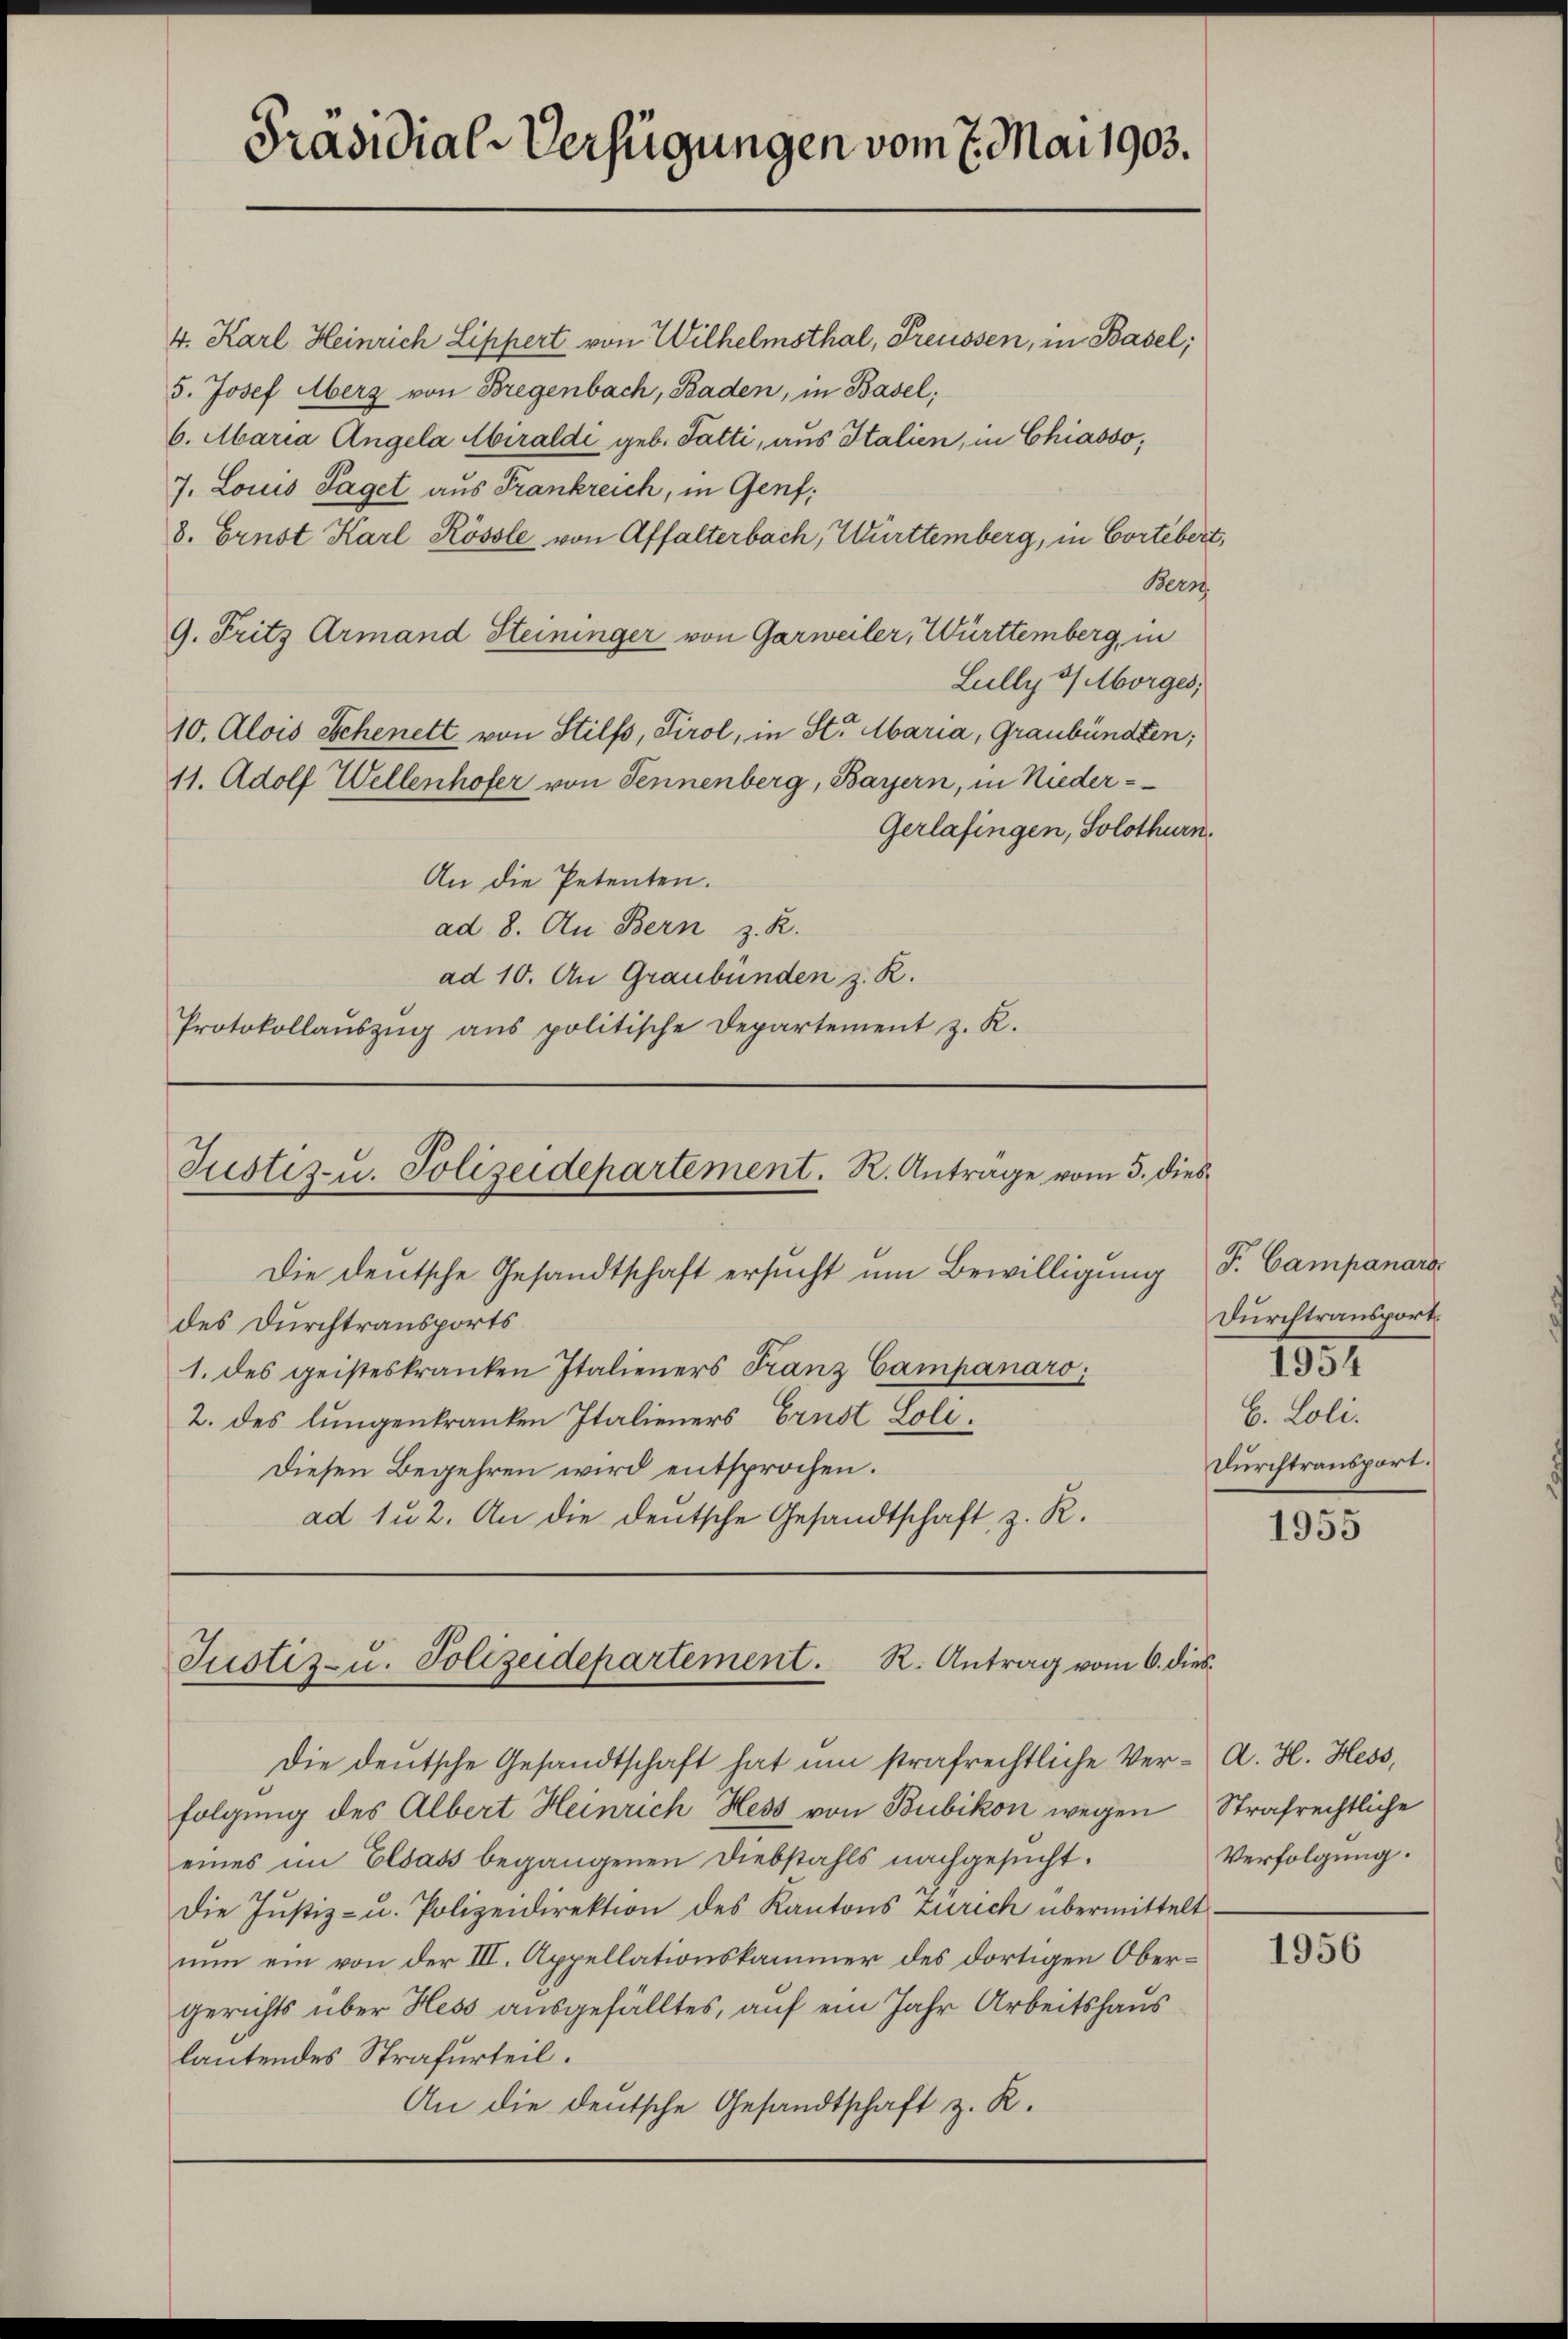
Präsidial-Verfügungen vom 7. Mai 1903.

4. Karl Heinrich Lippert von Wilhelmsthal, Preussen, in Basel;
5. Josef Merz von Bregenbach, Baden, in Basel;
6. Maria Angela Abiraldi geb. Tatti, aus Italien, in Chiasso,
7. Louis Taget aus Frankreich, in Genf,
8. Ernst Karl Kössle von Affalterbach, Württemberg, in Cortebert,
Bern
9. Fritz Armand Steininger von Garweiler, Württemberg, in
Lully 9 Morges,
10. Alois Schenett von Stilfs, Tirol, in St. Maria, Graubünden;
11. Adolf Wellenhofer von Jennenberg, Bayern, in Nieder-
Gerlafingen, Solothurn.
An die Petenten.
ad 8. Au Bern z. R.
ad 10. An Graubünden z. R.
Protokollaŭszŭg aŭs politische Departement z. R.

Justiz- u. Polizeidepartement. R. Antrage vom 5. dies
Die deutsche Gesandtschaft ersucht um Bewilligung S. Campanaro

des Durchtransports
1. des geisteskranken Italieners Franz Campanaro
2. des lungenkranken Italieners Ernst Loli¬
Diesen Begehren wird entsprochen.
ad 1 u 2. An die deutsche Gesandtschaft, z. R.

Justiz- u. Polizeidepartement. R. Antrag vom 6. dies

Die deutsche Gesandtschaft hat um strafrechtliche Ver- A. H. Hess,
folgung des Albert Heinrich Hess von Bubikon wegen
eines im Elsass begangenen Diebstahls nachgesucht.
Die Justiz- u. Polizeidirektion des Kantons Zürich übermittelt
nun ein von der III. Appellationskammer des dortigen Obergerichts über Hess ausgefälltes, auf ein Jahr Arbeitshaus
lautendes Strafurteil.
An die deutsche Gesandtschaft z. R.

Durchtransport.
6. Loli.
Durchtransport.

1954

1955

Strafrechtliche
Verfolgung.

1956